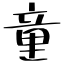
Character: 童